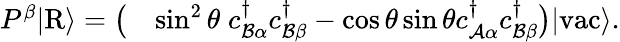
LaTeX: \begin{array}{rl}{P^{\beta}\vert\mathrm{R}\rangle=\big(}&{\sin^{2}\theta\; {c}_{\mathcal{B}\alpha}^{\dagger}{c}_{\mathcal{B}\beta}^{\dagger}-\cos\theta\sin\theta{c}_{\mathcal{A}\alpha}^{\dagger}{c}_{\mathcal{B}\beta}^{\dagger}\big)\vert\mathrm{vac}\rangle.}\end{array}